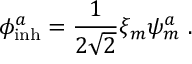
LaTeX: \phi _ { \mathrm { i n h } } ^ { a } = \frac { 1 } { 2 \sqrt { 2 } } \xi _ { m } \psi _ { m } ^ { a } ~ .